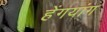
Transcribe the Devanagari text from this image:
हेंगयांग